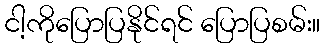
ငါ့ကိုပြောပြနိုင်ရင် ပြောပြစမ်း။